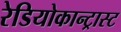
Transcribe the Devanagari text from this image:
रेडियोकान्ट्रास्ट